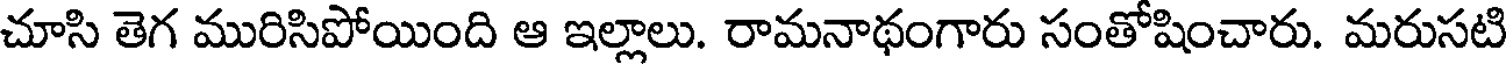
చూసి తెగ మురిసిపోయింది ఆ ఇల్లాలు. రామనాథంగారు సంతోషించారు. మరుసటి